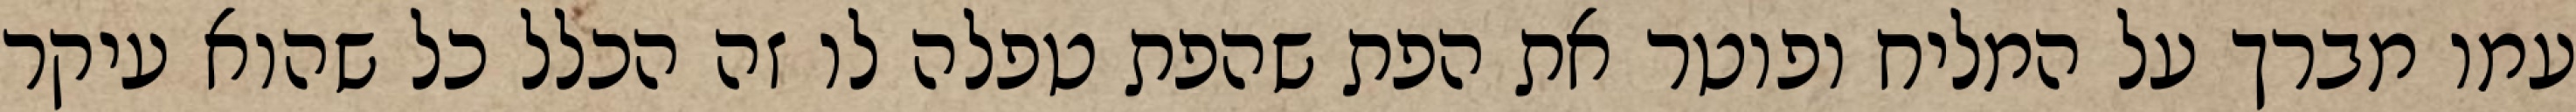
עמו מברך על המליח ופוטר את הפת שהפת טפלה לו זה הכלל כל שהוא עיקר